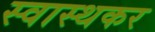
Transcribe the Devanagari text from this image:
स्वास्थकर